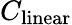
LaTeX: C_{\mathrm{linear}}